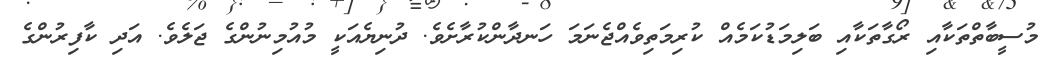
މުސީބާތްތަކާއި ރޯގާތަކާއި ބަލިމަޑުކަމެއް ކުރިމަތިވެއްޖެނަމަ ހަނދާންކުރާށެވެ. ދުނިޔެއަކީ މުއުމިނުންގެ ޖަލެވެ. އަދި ކާފިރުންގެ